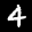
Label: 4